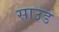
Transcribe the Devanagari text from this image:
साउड